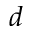
d